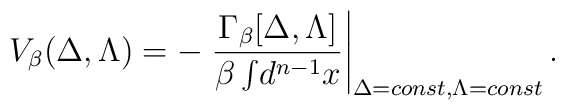
V_{\beta}(\Delta,\Lambda)=-\left.\frac{\Gamma_{\beta}[\Delta,\Lambda]}{\beta\int\!d^{n-1}x}\right|_{\Delta=const,\Lambda=const}.